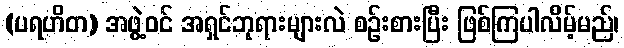
(ပရဟိတ) အဖွဲ့ဝင် အရှင်ဘုရားများလဲ စဉ်းစားပြီး ဖြစ်ကြပါလိမ့်မည်၊